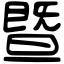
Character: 暨